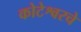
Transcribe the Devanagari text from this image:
कोटेश्वरचे